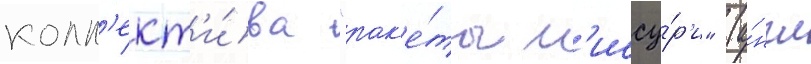
колл'ект'и́ва "рак'е́ты м'иссу́р'и" (а́нгл